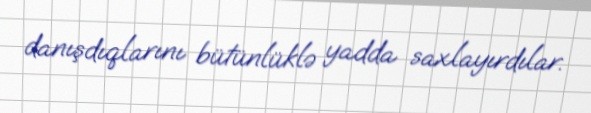
danışdıqlarını bütünlüklə yadda saxlayırdılar.